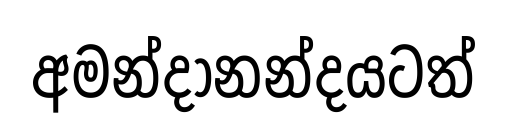
අමන්දානන්දයටත්